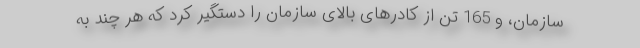
سازمان، و 165 تن از کادرهای بالای سازمان را دستگیر کرد که هر چند به